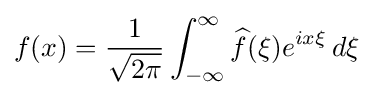
f(x)={1 \over {\sqrt {2\pi }}}\int _{-\infty }^{\infty }{\widehat {f}}(\xi )e^{ix\xi }\,d\xi